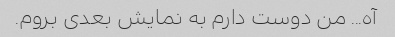
آه... من دوست دارم به نمایش بعدی بروم.